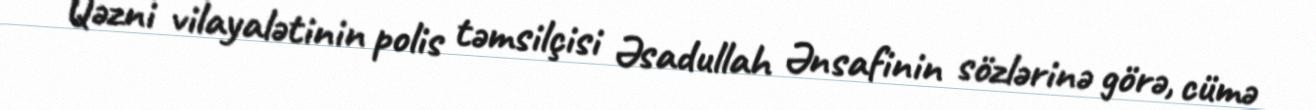
Qəzni vilayalətinin polis təmsilçisi Əsadullah Ənsafinin sözlərinə görə, cümə